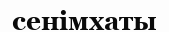
сенімхаты